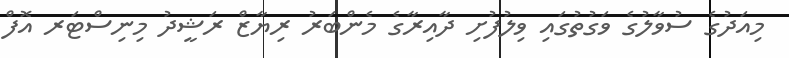
މިއަދުގެ ސުވާލުގެ ވަގުތުގައި ވިލުފުށި ދާއިރާގެ މެންބަރު ރިޔާޒް ރަޝީދު މިނިސްޓަރ އޮފް